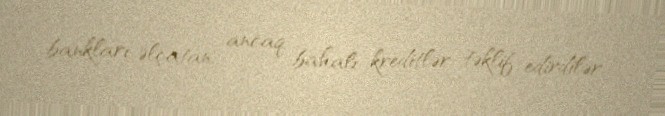
bankları əlçatan, ancaq bahalı kreditlər təklif edirdilər.